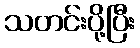
သတင်းပို့ပြီး